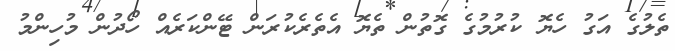
ތެލުގެ އަގު ހެޔޮ ކުރުމުގެ ގޮތުން ތެޔޮ އެތެރެކުރަން ޓޭންކަރެއް ހޯދުން މުހިންމު